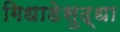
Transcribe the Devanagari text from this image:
गिधाडेसुद्धा